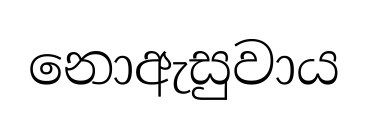
නොඇසුවාය